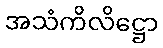
အသံကိလိဋ္ဌော